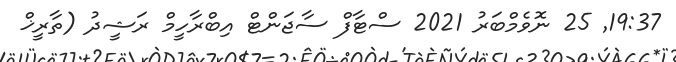
19:37